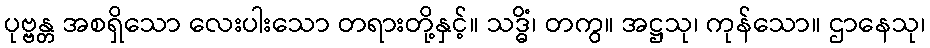
ပုဗ္ဗန္တ အစရှိသော လေးပါးသော တရားတို့နှင့်။ သဒ္ဓိံ၊ တကွ။ အဋ္ဌသု၊ ကုန်သော။ ဌာနေသု၊